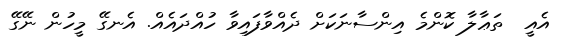
އެއީ  ތަޢާލާ ކޮންމެ އިންސާނަކަށް ދެއްވާފައިވާ ހުއްދައެއް. އެނގޭ މީހުން ނޭގޭ